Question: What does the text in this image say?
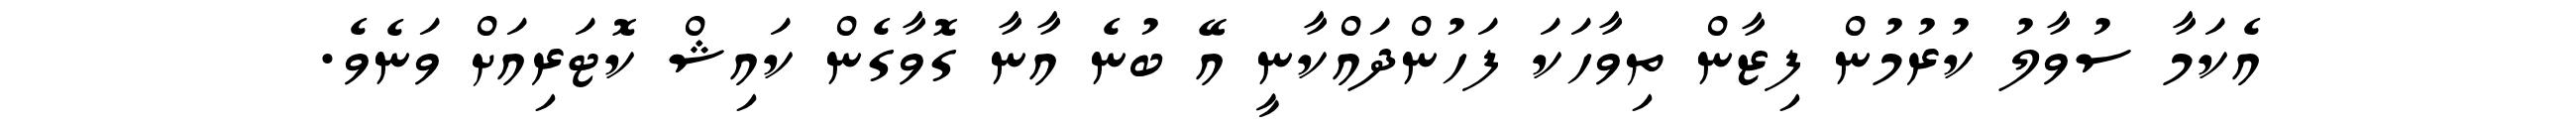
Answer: އެކަމާ ސުވާލު ކުރުމުން ފިޒާން ތިވާހަކަ ފަހުންދައްކާނީ އޭ ބުނެ އާނާ ގޮވާގެން ކައިޝް ކޮޓަރިއަށް ވަނެވެ.